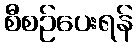
စီစဉ်ပေးရန်